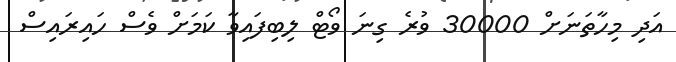
އަދި މިހާތަނަށް 30000 ވުރެ ގިނަ ވޯޓް ލިބިފައިވާ ކަމަށް ވެސް ހައިރައިސް